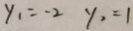
y _ { 1 } = - 2 y _ { 2 } = 1